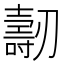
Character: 𠠐